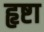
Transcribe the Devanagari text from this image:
हृष्टा